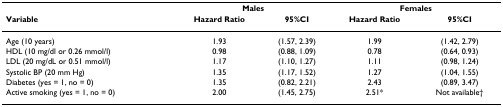
<table><thead><tr><td>[EMPTY_CELL]</td><td colspan="2"><b>Males</b></td><td colspan="2"><b>Females</b></td></tr><tr><td><b>Variable</b></td><td><b>Hazard Ratio</b></td><td><b>95%CI</b></td><td><b>Hazard Ratio</b></td><td><b>95%CI</b></td></tr></thead><tbody><tr><td>Age (10 years)</td><td>1.93</td><td>(1.57, 2.39)</td><td>1.99</td><td>(1.42, 2.79)</td></tr><tr><td>HDL (10 mg/dl or 0.26 mmol/l)</td><td>0.98</td><td>(0.88, 1.09)</td><td>0.78</td><td>(0.64, 0.93)</td></tr><tr><td>LDL (20 mg/dL or 0.51 mmol/l)</td><td>1.17</td><td>(1.10, 1.27)</td><td>1.11</td><td>(0.98, 1.24)</td></tr><tr><td>Systolic BP (20 mm Hg)</td><td>1.35</td><td>(1.17, 1.52)</td><td>1.27</td><td>(1.04, 1.55)</td></tr><tr><td>Diabetes (yes = 1, no = 0)</td><td>1.35</td><td>(0.82, 2.21)</td><td>2.43</td><td>(0.89, 3.47)</td></tr><tr><td>Active smoking (yes = 1, no = 0)</td><td>2.00</td><td>(1.45, 2.75)</td><td>2.51*</td><td>Not available†</td></tr></tbody></table>